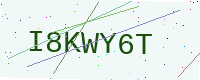
Text: I8KWY6T